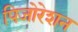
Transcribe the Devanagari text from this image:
पिजोरेशन